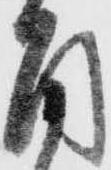
角